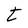
Character: t